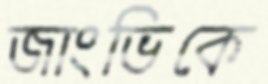
জাংভিকে